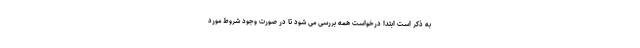
به ذکر است ابتدا درخواست همه بررسی می شود تا در صورت وجود شروط مورد